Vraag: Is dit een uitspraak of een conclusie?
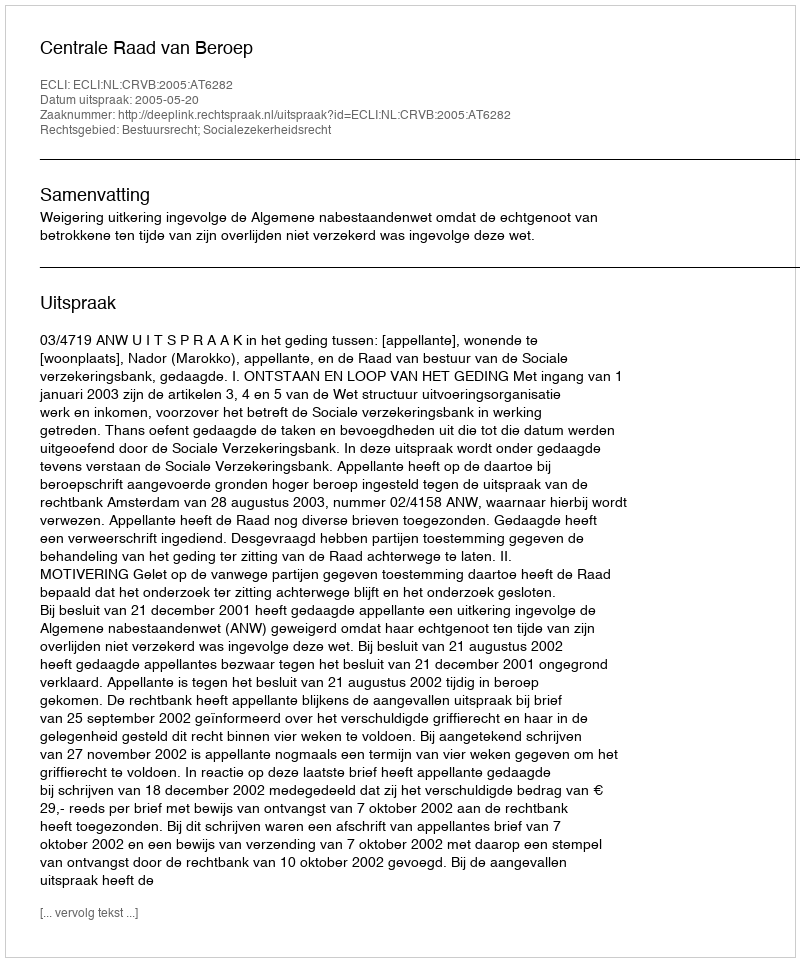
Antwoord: Uitspraak